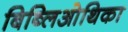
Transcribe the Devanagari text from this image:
बिब्लिओथिका